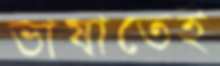
ভাষাতেই